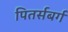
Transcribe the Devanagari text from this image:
पितर्सबर्ग